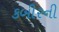
કબીરની